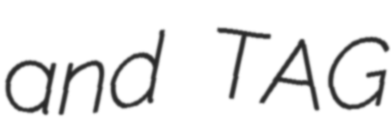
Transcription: and TAG